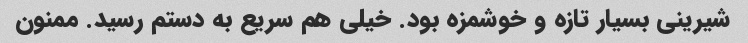
شیرینی بسیار تازه و خوشمزه بود. خیلی هم سریع به دستم رسید. ممنون